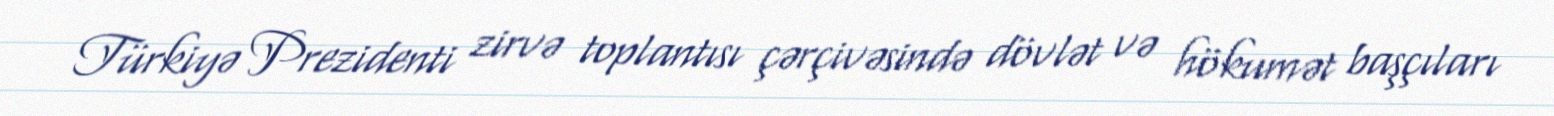
Türkiyə Prezidenti zirvə toplantısı çərçivəsində dövlət və hökumət başçıları